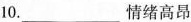
10.___情绪高昂